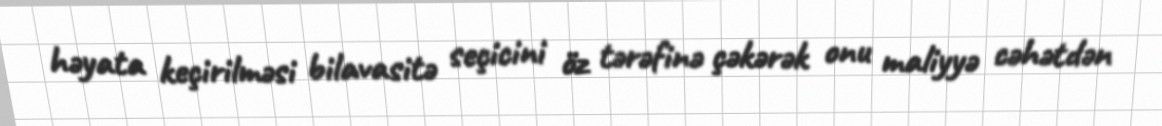
həyata keçirilməsi bilavasitə seçicini öz tərəfinə çəkərək onu maliyyə cəhətdən